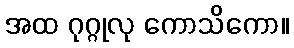
အထ ဂုဂ္ဂုလု ကောသိကော။